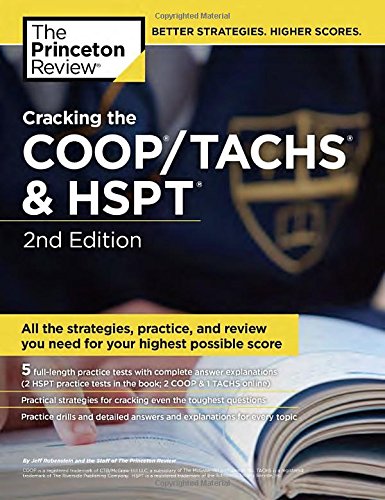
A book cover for Cracking the COOP/TACHS & HSPT, 2nd Edition: Strategies & Prep for the Catholic High School Entrance Exams (Private Test Preparation); Princeton Review; Test Preparation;